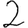
Digit: 2